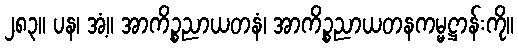
၂၈၃။ ပန၊ အံ့။ အာကိဉ္စညာယတနံ၊ အာကိဉ္စညာယတနကမ္မဋ္ဌာန်းကို။